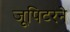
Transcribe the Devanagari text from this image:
जूपिटरने